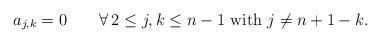
LaTeX: \begin{align*}a_{j,k}=0 \quad\quad\forall\, 2\leq j,k\leq n-1\mbox{ with }j\neq n+1-k.\end{align*}